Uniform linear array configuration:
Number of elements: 48
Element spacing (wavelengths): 1
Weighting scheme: uniform
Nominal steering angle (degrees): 30
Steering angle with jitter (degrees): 28.75
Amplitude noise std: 0.05
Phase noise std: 0.05

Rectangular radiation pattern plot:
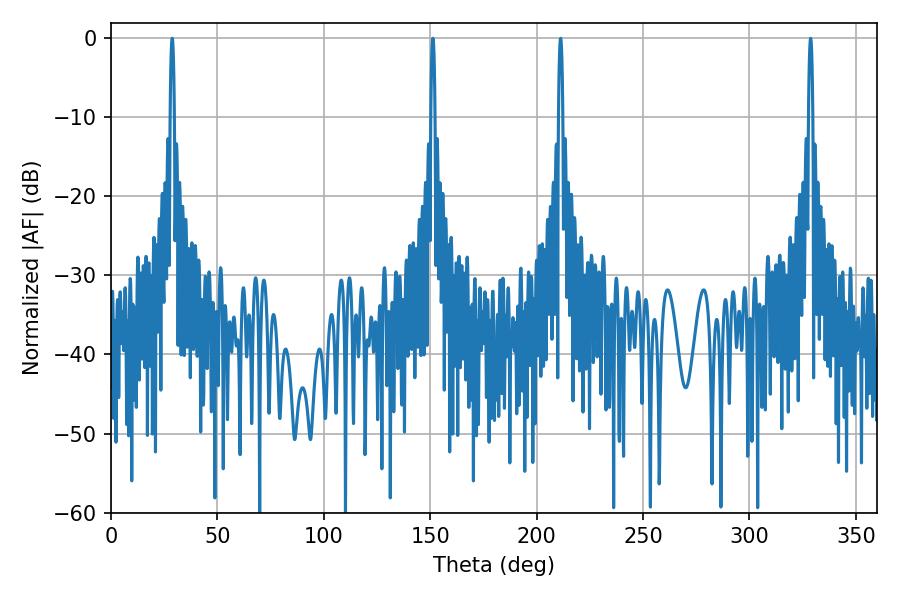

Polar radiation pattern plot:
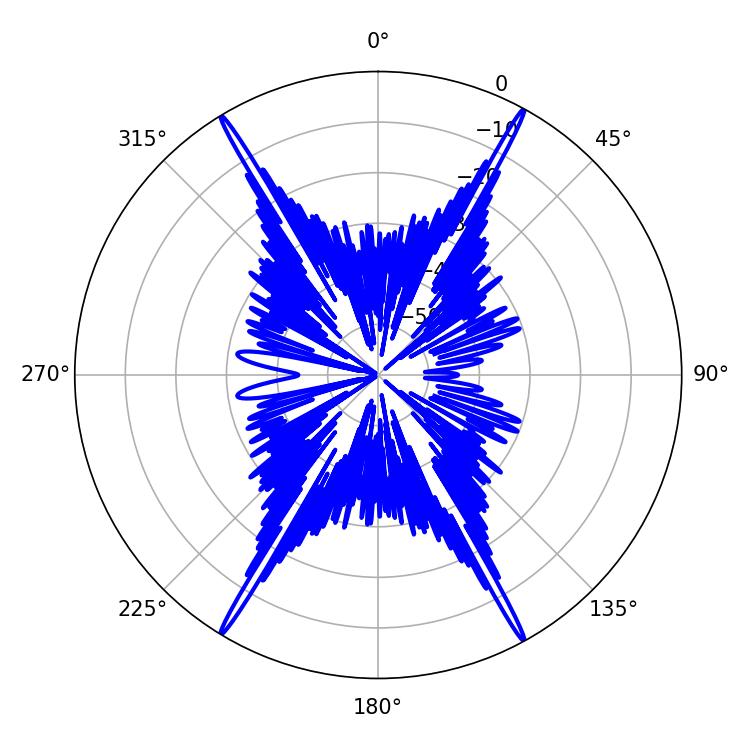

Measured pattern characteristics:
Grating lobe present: TRUE
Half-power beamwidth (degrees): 1.08
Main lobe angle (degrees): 151.2